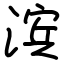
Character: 滨